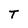
Character: T